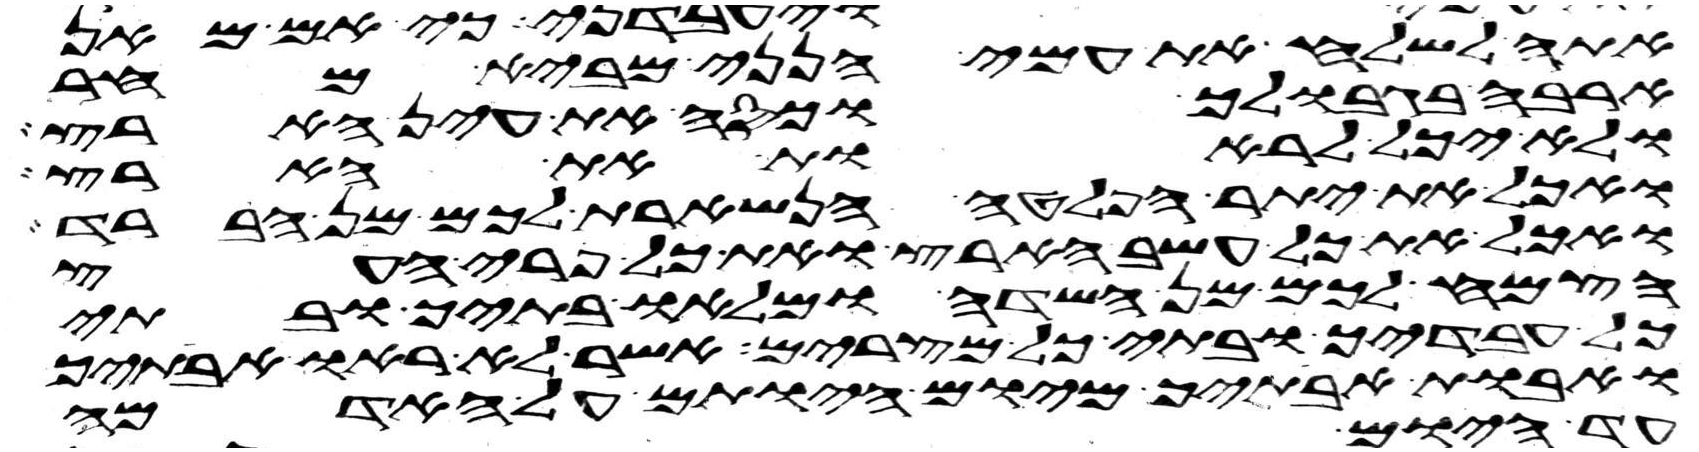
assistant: אתה לשלח את עמי הנני מביא מחר
ארבה בגבולך וכסה את עין הארץ
ולא יכל לראות את הארץ
ואכל את יתר הפלטה הנשארת לכם מן הברד
ואכל את כל עשב הארץ ואת כל פרי העץ
הצמח לכם מן השדה ומלאו בתיך ובתי
כל עבדיך ובתי כל מצרים אשר לא ראו אבתיך
ואבות אבתיך מיום היותם על האדמה